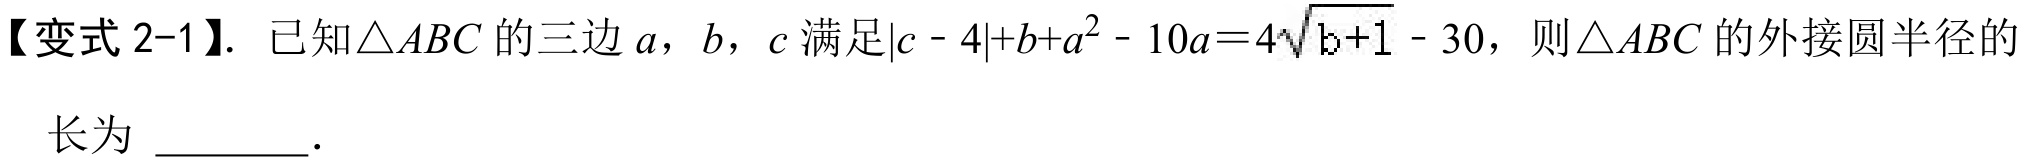
【变式 2-1】. 已知\(\triangle ABC\) 的三边 \(a\)，\(b\)，\(c\) 满足\(\vert c - 4\vert + b + a^{2} - 10a = 4\sqrt{b + 1} - 30\)，则\(\triangle ABC\) 的外接圆半径的
长为 \(\underline{\quad\quad}\).